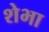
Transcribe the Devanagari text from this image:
शेभा